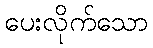
ပေးလိုက်သော